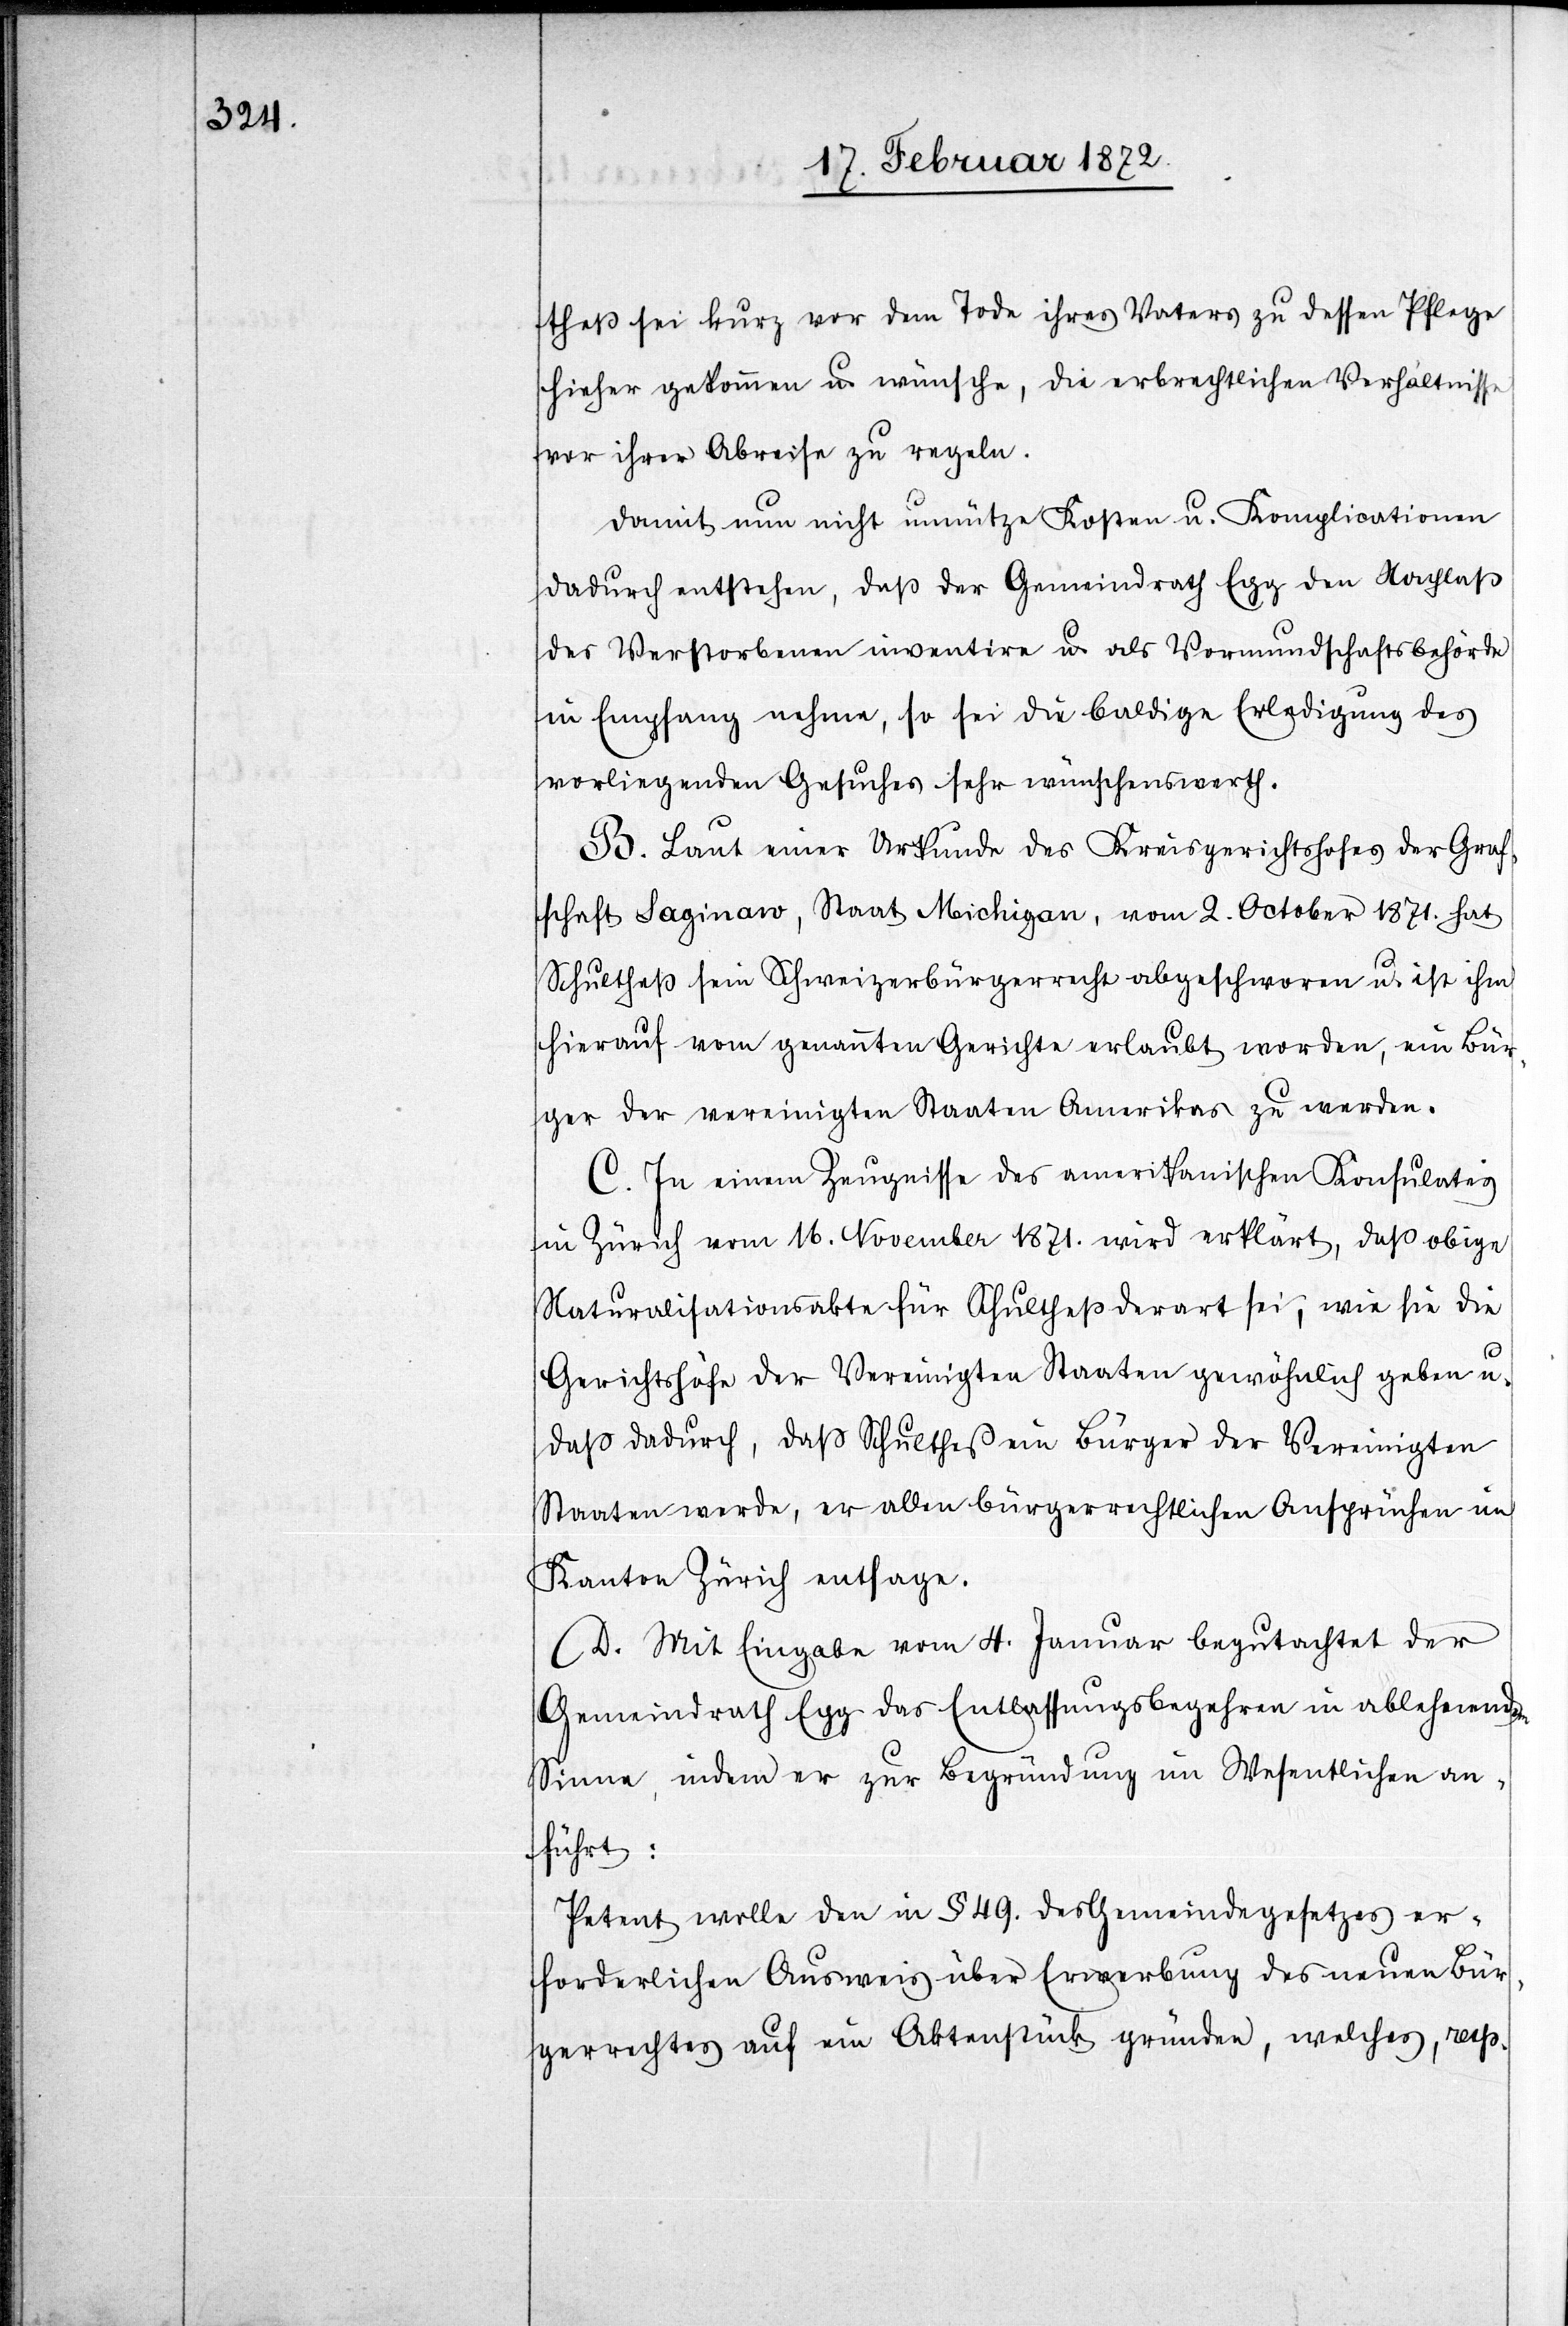
theß sei kurz vor dem Tode ihres Vaters zu dessen Pflege
hieher gekommen u. wünsche, die erbrechtlichen Verhältnisse
vor ihrer Abreise zu regeln.
Damit nun nicht unnütze Kosten u. Komplikationen
dadurch entstehen, daß der Gemeindrath Egg den Nachlaß
des Verstorbenen inventire u. als Vormundschaftsbehörde
in Empfang nehme, so sei die baldige Erledigung des
vorliegenden Gesuches sehr wünschenswerth.
B. Laut einer Urkunde des Kreisgerichtshofes der Graf¬
schaft Saginaw, Staat Michigan, vom 2. October 1871. hat
Schultheß sein Schweizerbürgerrecht abgeschworen u. ist ihm
hierauf vom genannten Gerichte erlaubt worden, ein Bür¬
ger der vereinigten Staaten Amerikas zu werden.
C. In einem Zeugnisse des amerikanischen Konsulates
in Zürich vom 16. November 1871. wird erklärt, daß obige
Naturalisationsakte für Schultheß derart sei, wie sie die
Gerichtshöfe der Vereinigten Staaten gewöhnlich geben u.
daß dadurch, daß Schulthess ein Bürger der Vereinigten
Staaten werde, er allen bürgerrechtlichen Ansprüchen im
Kanton Zürich entsage.
D. Mit Eingabe vom 4. Januar begutachtet der
Gemeindrath Egg das Entlassungsbegehren in ablehnendem
Sinne, indem er zur Begründung im Wesentlichen an¬
führt:
Petent wolle den in § 49. des Gemeindegesetzes er¬
forderlichen Ausweis über Erwerbung des neuen Bür¬
gerrechtes auf ein Aktenstück gründen, welches, resp.